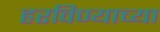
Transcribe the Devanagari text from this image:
हरविण्याच्या